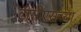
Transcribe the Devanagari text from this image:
टीसीएसच्या